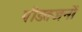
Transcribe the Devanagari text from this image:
पीडतजनों